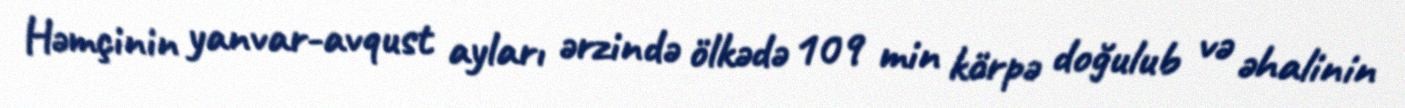
Həmçinin yanvar-avqust ayları ərzində ölkədə 109 min körpə doğulub və əhalinin